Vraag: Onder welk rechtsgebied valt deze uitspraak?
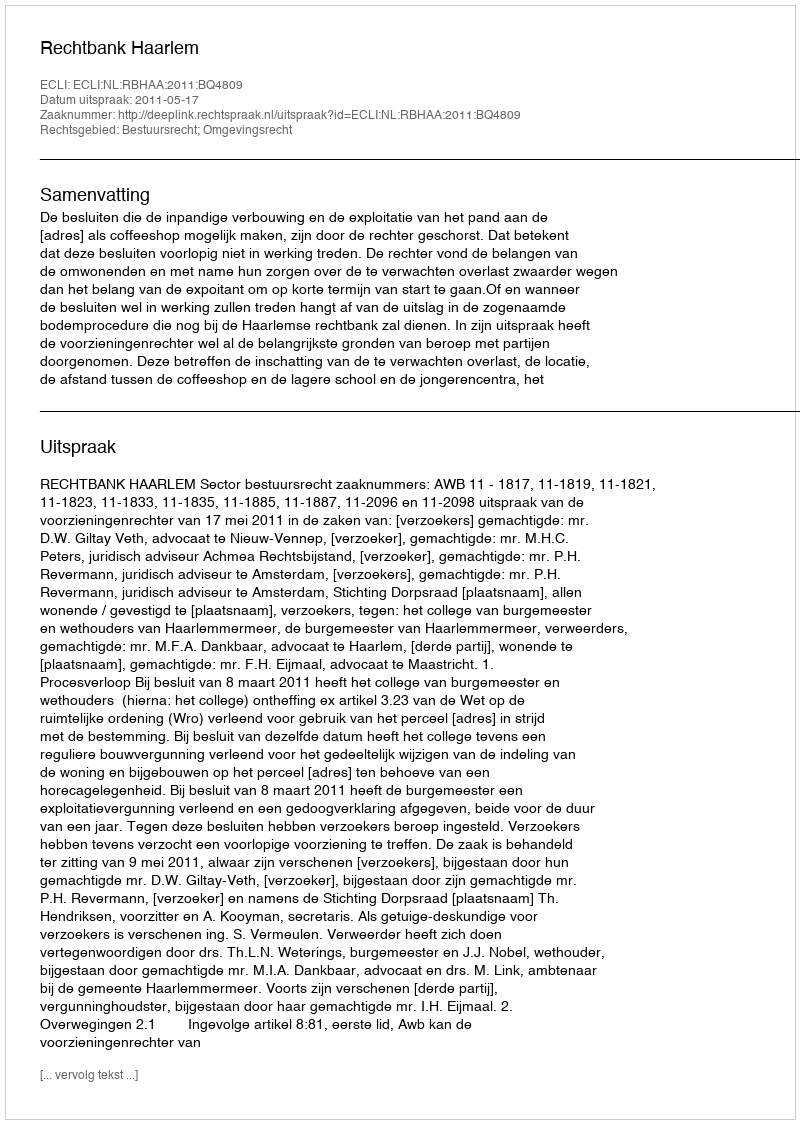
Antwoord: Bestuursrecht; Omgevingsrecht